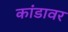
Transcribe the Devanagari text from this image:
कांडावर